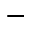
-